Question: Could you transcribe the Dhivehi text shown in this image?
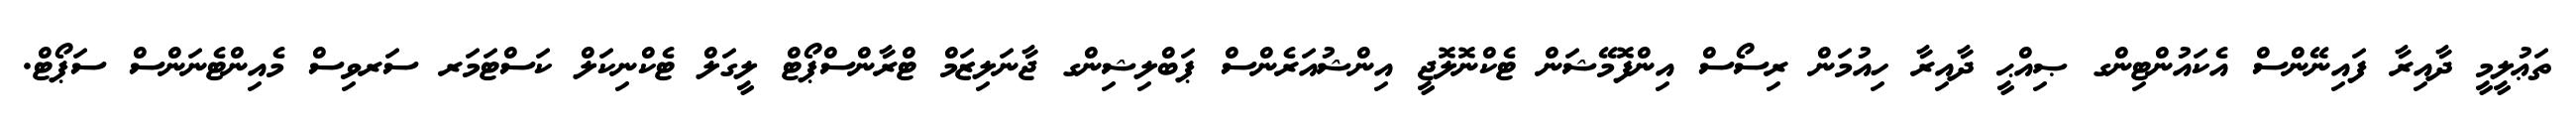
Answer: ތަޢުލީމީ ދާއިރާ ފައިނޭންސް އެކައުންޓިންގ ޞިއްޙީ ދާއިރާ ހިއުމަން ރިސޯސް އިންފޮމޭޝަން ޓެކްނޮލޮޖީ އިންޝުއަރެންސް ޕަބްލިޝިންގ ޖާނަލިޒަމް ޓްރާންސްޕޯޓް ލީގަލް ޓެކްނިކަލް ކަސްޓަމަރ ސަރވިސް މެއިންޓެނަންސް ސަޕޯޓް.